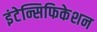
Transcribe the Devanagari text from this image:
इंटेन्सिफिकेशन